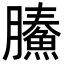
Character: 𩹙